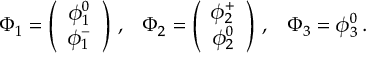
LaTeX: \begin{array} { c c c } { { \Phi _ { 1 } = \left( \begin{array} { c } { { { \phi _ { 1 } ^ { 0 } } } } \\ { { { \phi _ { 1 } ^ { - } } } } \end{array} \right) \, , } } & { { \Phi _ { 2 } = \left( \begin{array} { c } { { { \phi _ { 2 } ^ { + } } } } \\ { { { \phi _ { 2 } ^ { 0 } } } } \end{array} \right) \, , } } & { { \Phi _ { 3 } = \phi _ { 3 } ^ { 0 } \, . } } \end{array}